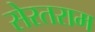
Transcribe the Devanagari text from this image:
सेरतराम